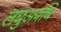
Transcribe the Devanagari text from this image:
लघुअवधि